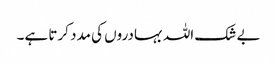
بے شک اللہ بہادروں کی مدد کرتا ہے۔